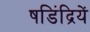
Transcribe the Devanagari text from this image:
षडिंद्रियें